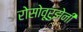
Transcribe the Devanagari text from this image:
रोसोवूरुझेनी